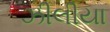
ઝીલીયા